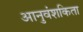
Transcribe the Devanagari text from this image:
आनुवंशकिता